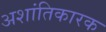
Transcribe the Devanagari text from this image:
अशांतिकारक